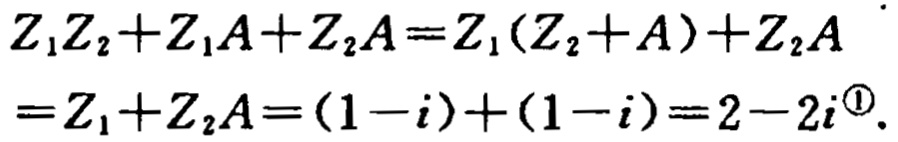
\[
\begin{align*}
Z_1Z_2 + Z_1A+Z_2A&=Z_1(Z_2 + A)+Z_2A\\
&=Z_1+Z_2A=(1 - i)+(1 - i)=2-2i^{\textcircled{1}}.
\end{align*}
\]